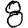
Digit: 8